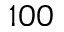
1 0 0